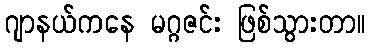
ဂျာနယ်ကနေ မဂ္ဂဇင်း ဖြစ်သွားတာ။